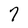
Character: 7